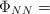
LaTeX: \begin{align*}\Phi_{NN}=\end{align*}